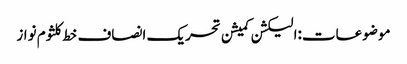
موضوعات:الیکشن کمیشن تحریک انصاف خط کلثوم نواز